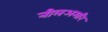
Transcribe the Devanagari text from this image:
नीलअमरि